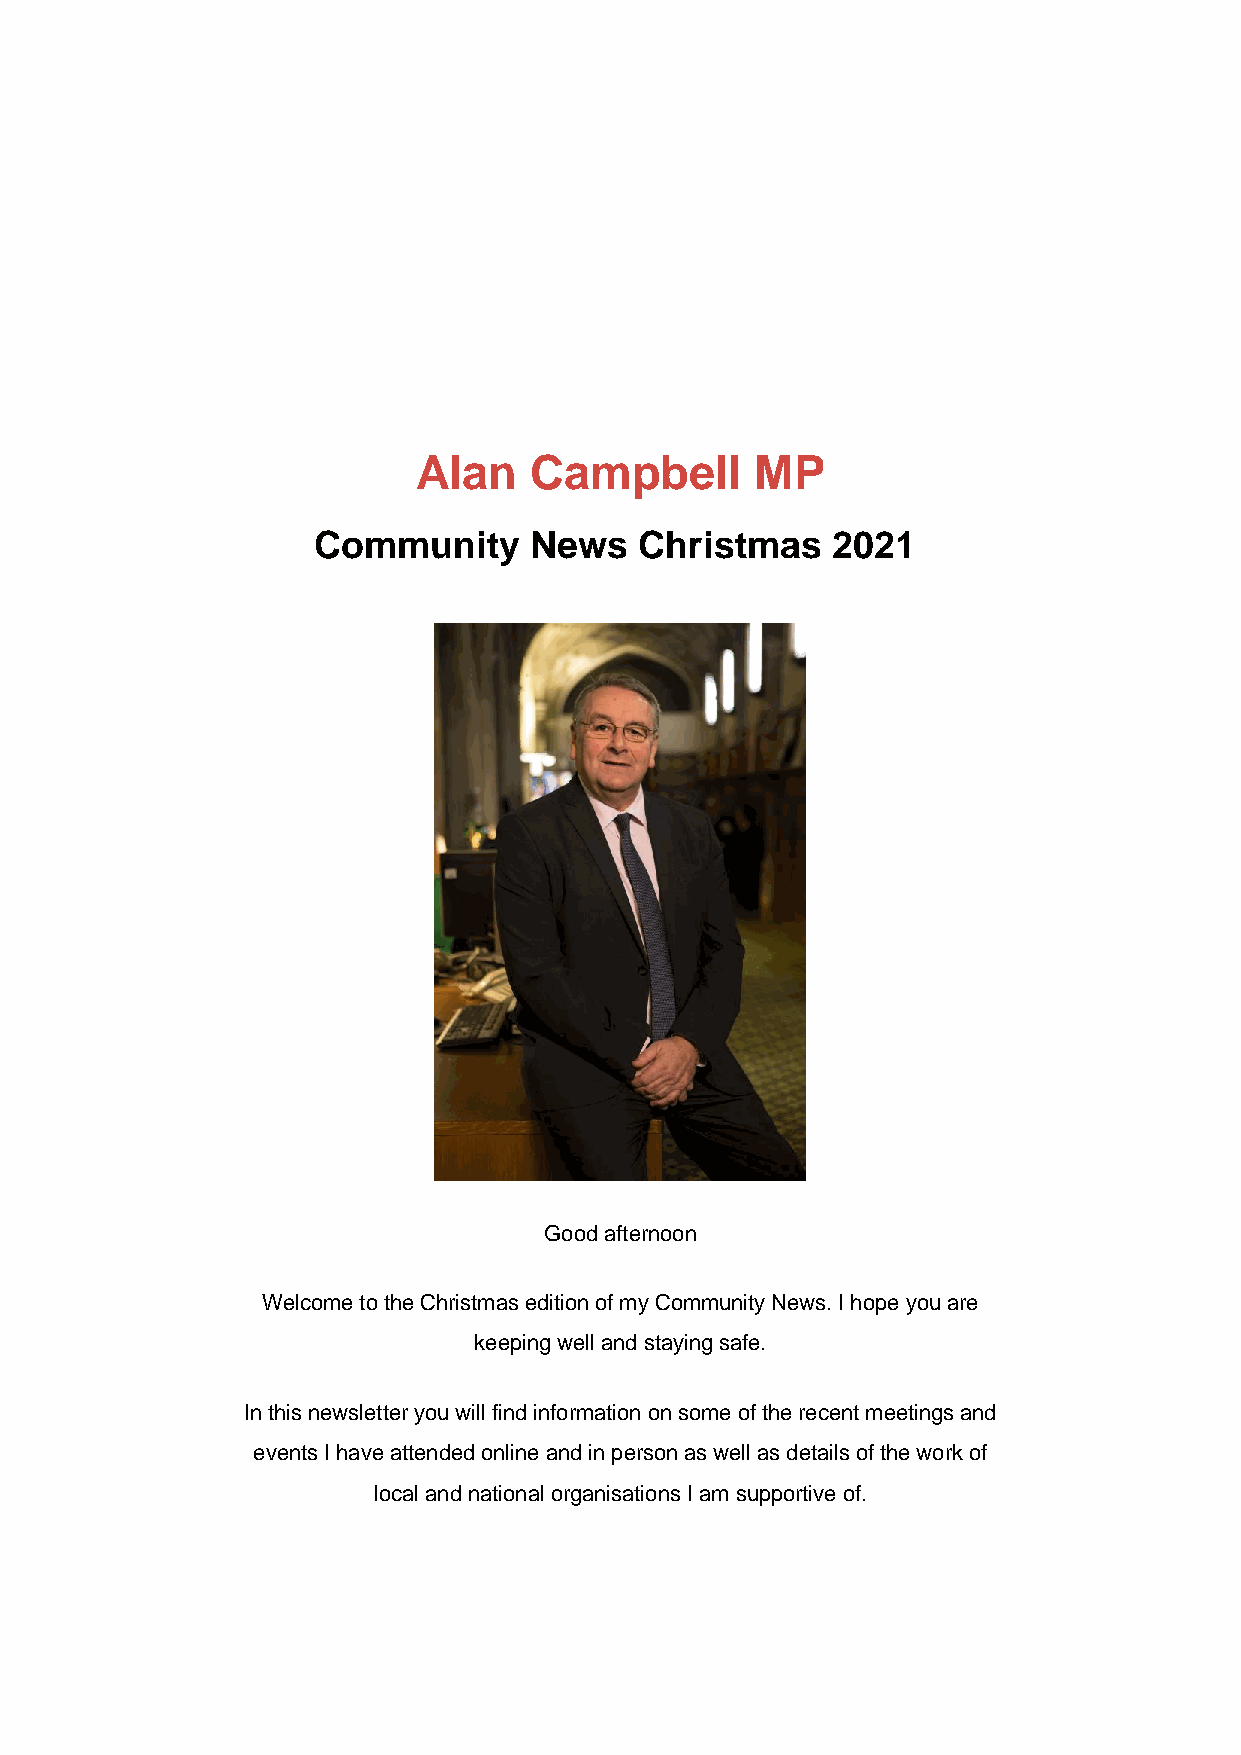
Alan   Campbell       MP
 Community     News   Christmas    2021
 Good afternoon
 Welcome to the Christmas edition of my Community News. I hope you are
 keeping well and staying safe.
 In this newsletter you will find information on some of the recent meetings and
 events I have attended online and in person as well as details of the work of
 local and national organisations I am supportive of.